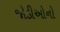
જોડીઓનો